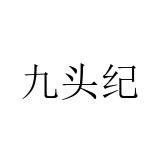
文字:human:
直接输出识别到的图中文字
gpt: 九头纪